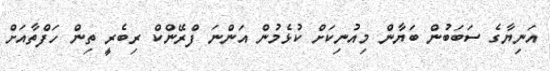
އަނިޔާގެ ސަބަބުން ބަޔާން މިއުނިކަށް ކުޅެމުން އަންނަ ފްރޭންކް ރިބެރީ ތިން ހަފްތާއަށް